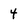
Character: 4